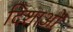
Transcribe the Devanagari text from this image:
दिशाओँ